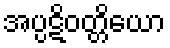
အပ္ပဋိဝတ္တိယော